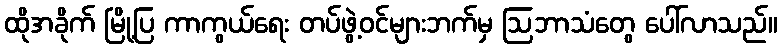
ထိုအခိုက် မြို့ပြ ကာကွယ်ရေး တပ်ဖွဲ့ဝင်များဘက်မှ ဩဘာသံတွေ ပေါ်လာသည်။